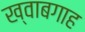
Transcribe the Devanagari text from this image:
ख्‍वाबगाह